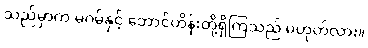
သည်မှာက မဂမ်နှင့် ဘောင်ဟိန်းတို့ရှိကြသည် မဟုတ်လား။